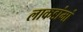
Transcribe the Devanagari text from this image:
लाकडांमां